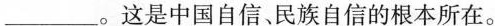
___。这是中国自信、民族自信的根本所在。